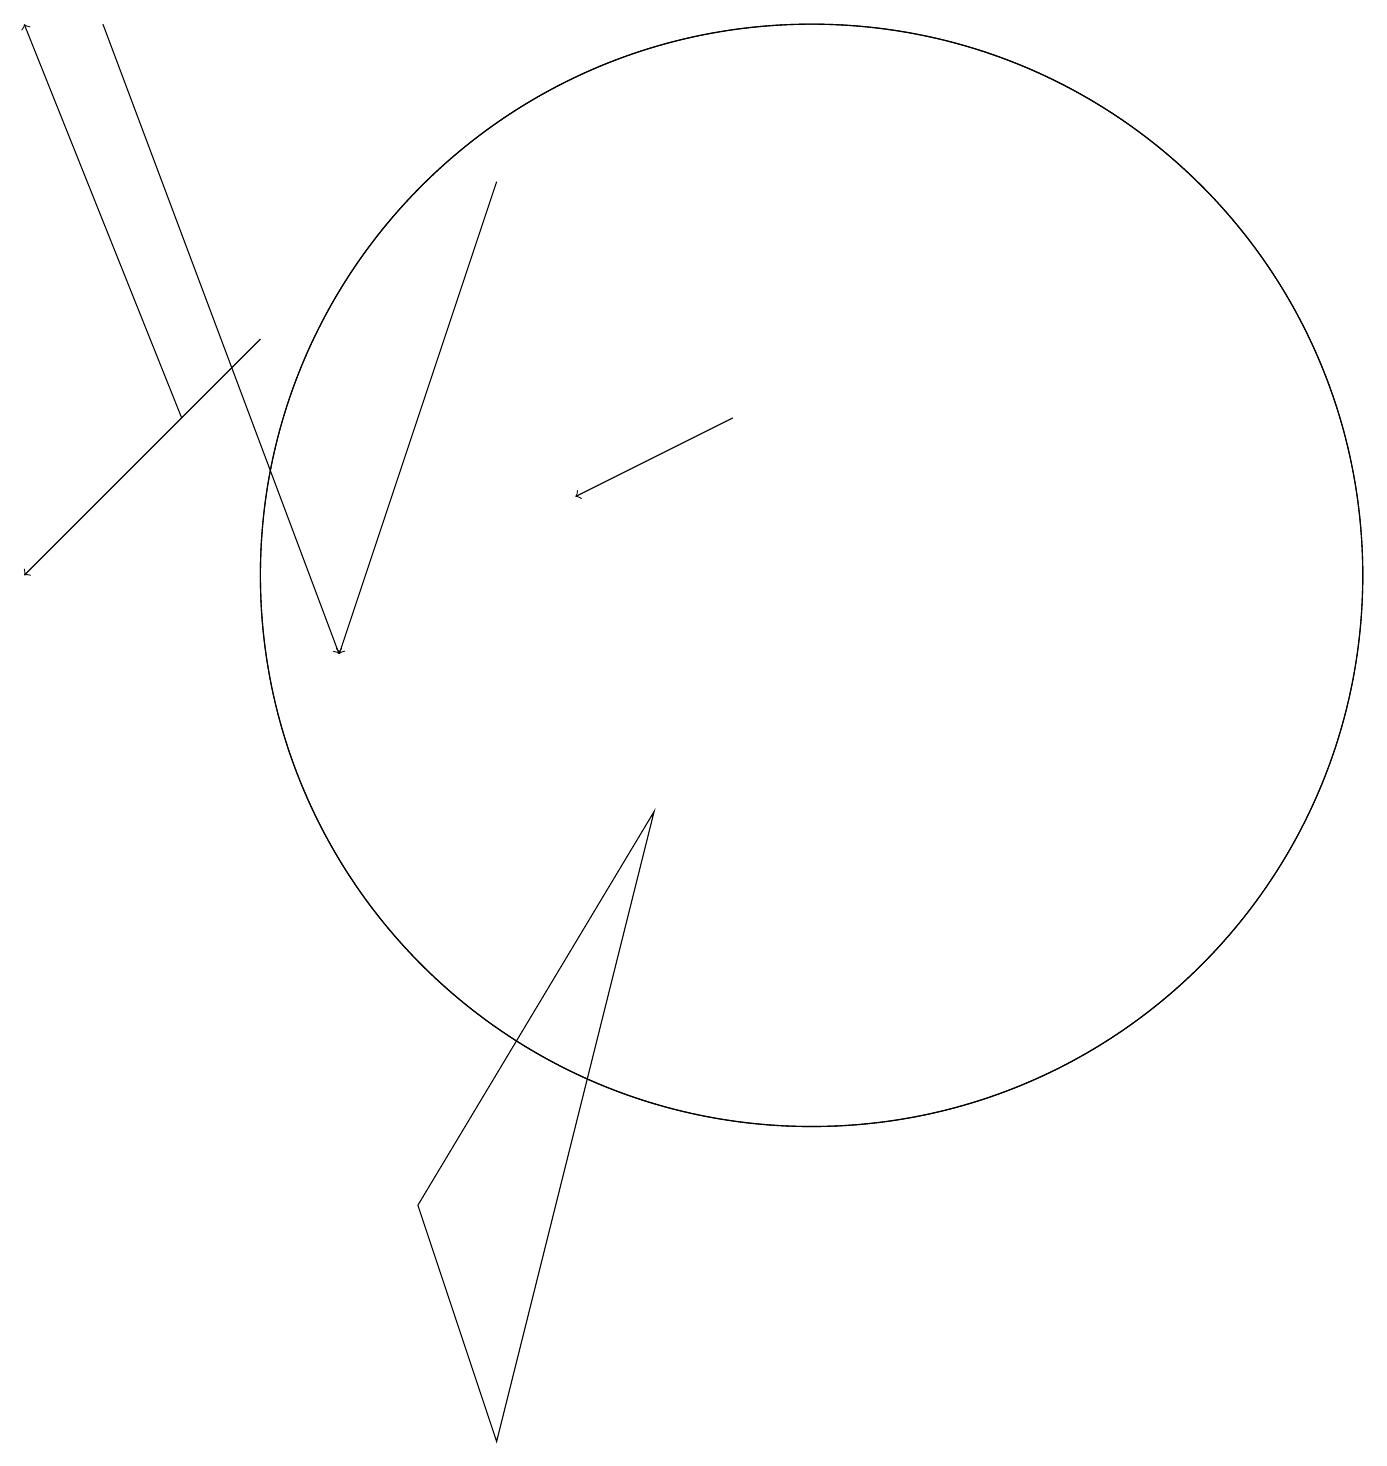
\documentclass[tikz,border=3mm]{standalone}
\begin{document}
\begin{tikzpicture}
\draw (10,12) circle (7);
\draw[->] (9,14) -- (7,13);
\draw[->] (6,17) -- (4,11);
\draw[->] (2,14) -- (0,19);
\draw (10,12) circle (7);
\draw[->] (1,19) -- (4,11);
\draw[->] (3,15) -- (0,12);
\draw (8,9) -- (6,1) -- (5,4) -- cycle;
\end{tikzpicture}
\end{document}